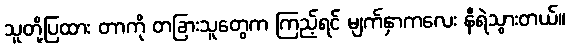
သူတို့ပြထား တာကို တခြားသူတွေက ကြည့်ရင် မျက်နှာကလေး နီရဲသွားတယ်။